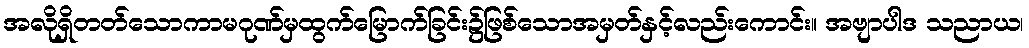
အလိုရှိတတ်သောကာမဂုဏ်မှထွက်မြောက်ခြင်း၌ဖြစ်သောအမှတ်နှင့်လည်းကောင်း။ အဗျာပါဒ သညာယ၊